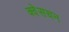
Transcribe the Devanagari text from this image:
क्वेसचन